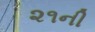
૨૧ની